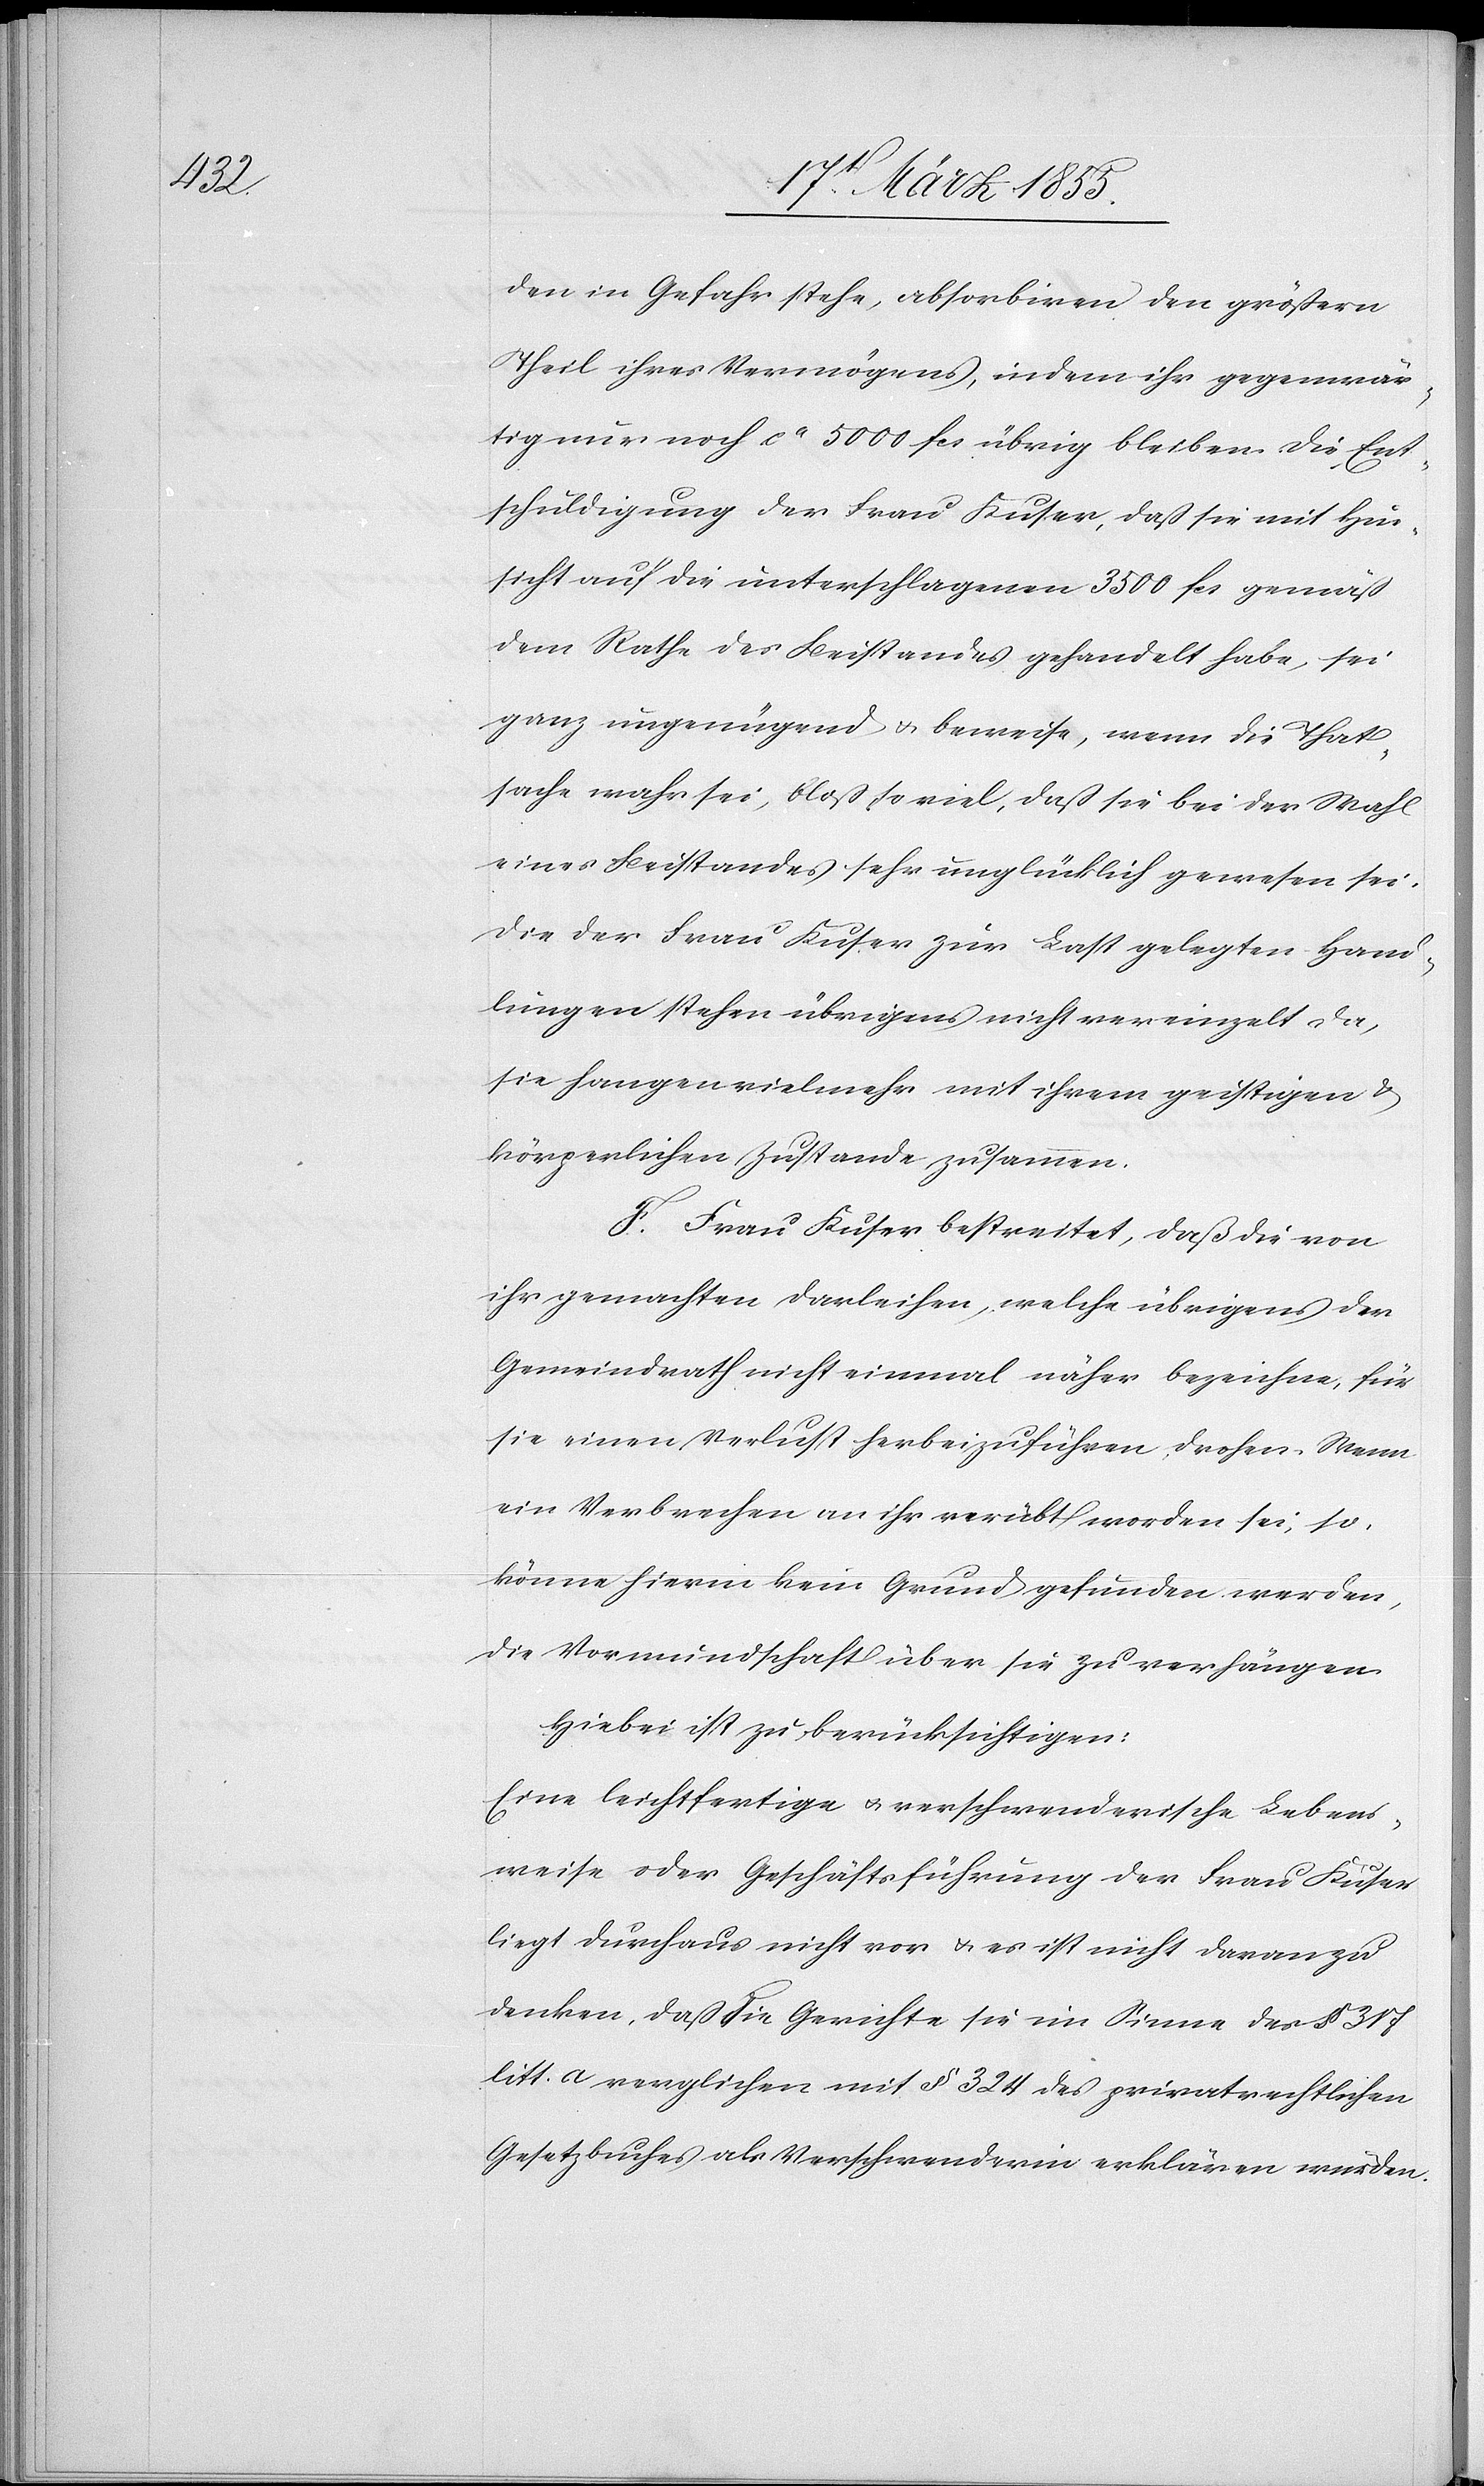
den in Gefahr stehe, absorbiren den größern
Theil ihres Vermögens, indem ihr gegenwär¬
tig nur noch ca 5000 fcs übrig bleiben. Die Ent¬
schuldigung der Frau Kuser, daß sie mit Hin¬
sicht auf die unterschlagenen 3500 fcs gemäß
dem Rathe des Beistandes gehandelt habe, sei
ganz ungenügend & beweise, wenn die That¬
sache wahr sei, bloß so viel, daß sie bei der Wahl
eines Beistandes sehr unglücklich gewesen sei.
Die der Frau Kuser zur Last gelegten Hand¬
lungen stehen übrigens nicht vereinzelt da,
sie hangen vielmehr mit ihrem geistigen &
körperlichen Zustande zusammen.
F. Frau Kuser bestreitet, daß die von
ihr gemachten Darleihen, welche übrigens der
Gemeindrath nicht einmal näher bezeichne, für
sie einen Verlust herbeizuführen drohen. Wenn
ein Verbrechen an ihr verübt worden sei, so
könne hierin kein Grund gefunden werden,
die Vormundschaft über sie zu verhängen.
Hiebei ist zu berücksichtigen:
Eine leichtfertige & verschwenderische Lebens¬
weise oder Geschäftsführung der Frau Kuser
liegt durchaus nicht vor & es ist nicht daran zu
denken, daß die Gerichte sie im Sinne des § 317
litt. a verglichen mit § 324 des privatrechtlichen
Gesetzbuches als Verschwenderin erklären würden.